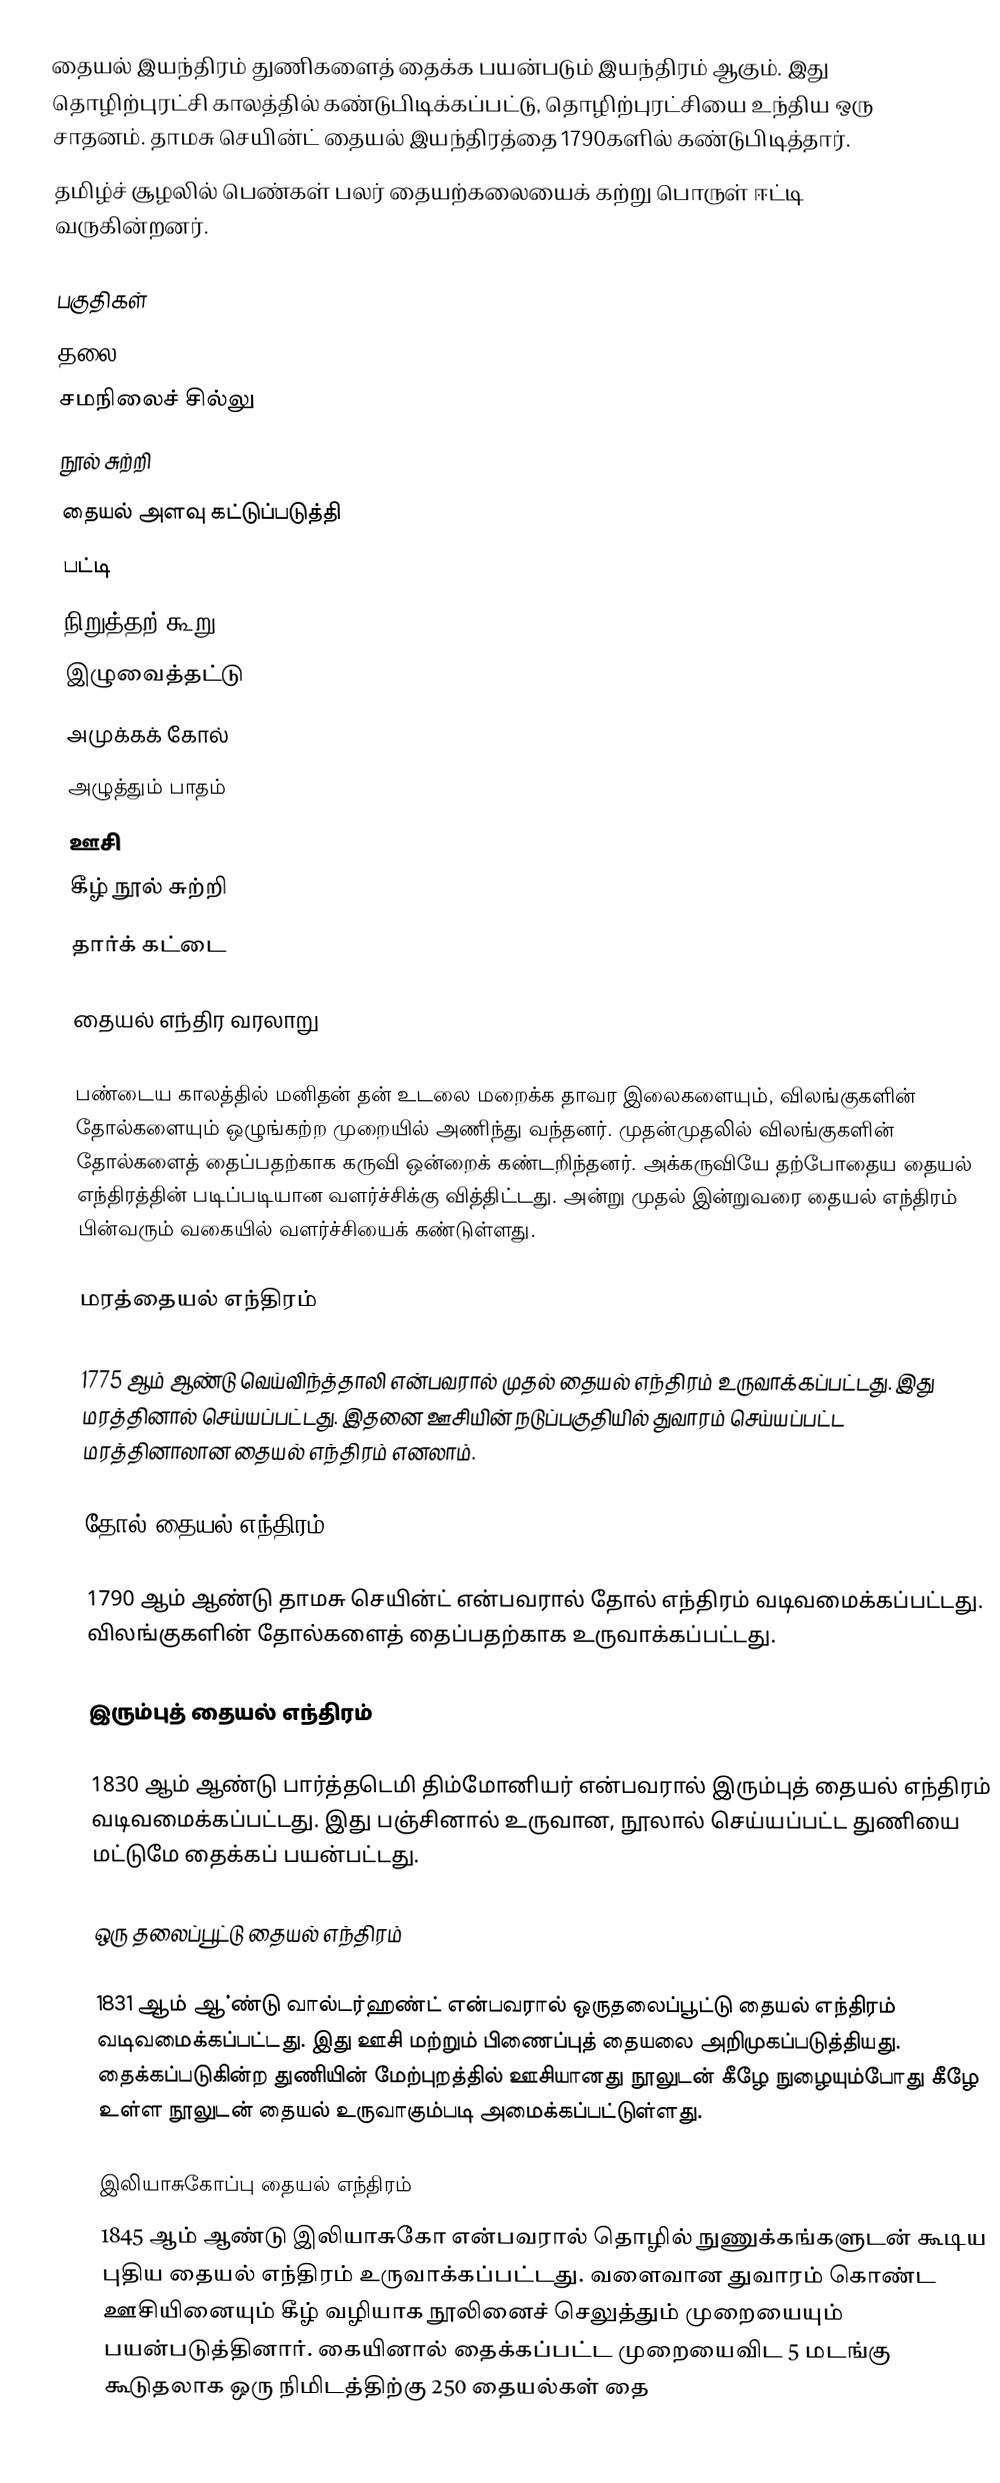
தையல் இயந்திரம் துணிகளைத் தைக்க பயன்படும் இயந்திரம் ஆகும். இது தொழிற்புரட்சி காலத்தில் கண்டுபிடிக்கப்பட்டு, தொழிற்புரட்சியை உந்திய ஒரு சாதனம். தாமசு செயின்ட்  தையல் இயந்திரத்தை 1790களில் கண்டுபிடித்தார்.
தமிழ்ச் சூழலில் பெண்கள் பலர் தையற்கலையைக் கற்று பொருள் ஈட்டி வருகின்றனர்.

பகுதிகள்
 தலை
 சமநிலைச் சில்லு
 நூல் சுற்றி
 தையல் அளவு கட்டுப்படுத்தி
 பட்டி
 நிறுத்தற் கூறு
 இழுவைத்தட்டு
 அமுக்கக் கோல்
 அழுத்தும் பாதம்
 ஊசி
 கீழ் நூல் சுற்றி
 தார்க் கட்டை

தையல் எந்திர வரலாறு

பண்டைய காலத்தில் மனிதன் தன் உடலை மறைக்க தாவர இலைகளையும், விலங்குகளின் தோல்களையும் ஒழுங்கற்ற முறையில் அணிந்து வந்தனர். முதன்முதலில் விலங்குகளின் தோல்களைத் தைப்பதற்காக கருவி ஒன்றைக் கண்டறிந்தனர். அக்கருவியே தற்போதைய தையல் எந்திரத்தின் படிப்படியான வளர்ச்சிக்கு வித்திட்டது. அன்று முதல் இன்றுவரை தையல் எந்திரம் பின்வரும் வகையில் வளர்ச்சியைக் கண்டுள்ளது.

மரத்தையல் எந்திரம்

1775 ஆம் ஆண்டு வெய்விந்த்தாலி என்பவரால் முதல் தையல் எந்திரம் உருவாக்கப்பட்டது. இது மரத்தினால் செய்யப்பட்டது. இதனை ஊசியின் நடுப்பகுதியில் துவாரம் செய்யப்பட்ட மரத்தினாலான தையல் எந்திரம் எனலாம்.

தோல் தையல் எந்திரம்

1790 ஆம் ஆண்டு தாமசு செயின்ட் என்பவரால் தோல் எந்திரம் வடிவமைக்கப்பட்டது. விலங்குகளின் தோல்களைத் தைப்பதற்காக உருவாக்கப்பட்டது.

இரும்புத் தையல் எந்திரம்

1830 ஆம் ஆண்டு பார்த்தடெமி திம்மோனியர் என்பவரால் இரும்புத் தையல் எந்திரம் வடிவமைக்கப்பட்டது. இது பஞ்சினால் உருவான, நூலால் செய்யப்பட்ட துணியை மட்டுமே தைக்கப் பயன்பட்டது.

ஒரு தலைப்பூட்டு தையல் எந்திரம்

1831 ஆம் ஆ்ண்டு வால்டர்ஹண்ட் என்பவரால் ஒருதலைப்பூட்டு தையல் எந்திரம் வடிவமைக்கப்பட்டது. இது ஊசி மற்றும் பிணைப்புத் தையலை அறிமுகப்படுத்தியது. தைக்கப்படுகின்ற துணியின் மேற்புறத்தில் ஊசியானது நூலுடன் கீழே நுழையும்போது கீழே உள்ள நூலுடன் தையல் உருவாகும்படி அமைக்கப்பட்டுள்ளது.

இலியாசுகோப்பு தையல் எந்திரம்
1845 ஆம் ஆண்டு இலியாசுகோ என்பவரால் தொழில் நுணுக்கங்களுடன் கூடிய புதிய தையல் எந்திரம் உருவாக்கப்பட்டது. வளைவான துவாரம் கொண்ட ஊசியினையும் கீழ் வழியாக நூலினைச் செலுத்தும் முறையையும் பயன்படுத்தினார். கையினால் தைக்கப்பட்ட முறையைவிட 5 மடங்கு கூடுதலாக  ஒரு நிமிடத்திற்கு 250 தையல்கள் தை